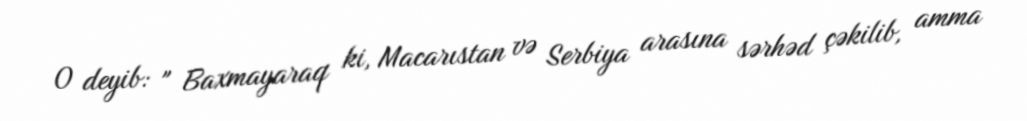
O deyib: " Baxmayaraq ki, Macarıstan və Serbiya arasına sərhəd çəkilib, amma